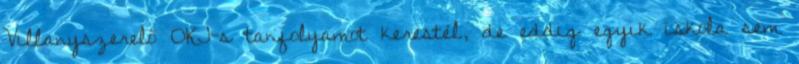
Villanyszerelő OKJ-s tanfolyamot kerestél, de eddig egyik iskola sem